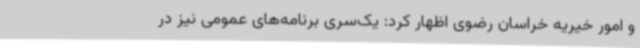
و امور خیریه خراسان رضوی اظهار کرد: یک‌سری برنامه‌های عمومی نیز در